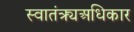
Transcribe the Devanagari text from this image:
स्वातंत्र्यअधिकार